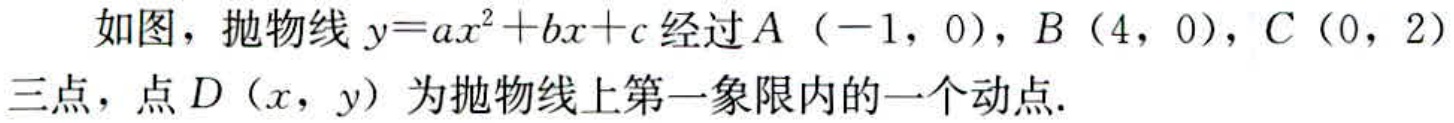
如图，抛物线 \(y = ax^{2}+bx + c\) 经过 \(A(-1,0)\)，\(B(4,0)\)，\(C(0,2)\)三点，点 \(D(x,y)\) 为抛物线上第一象限内的一个动点.